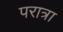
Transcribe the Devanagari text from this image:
परात्रा